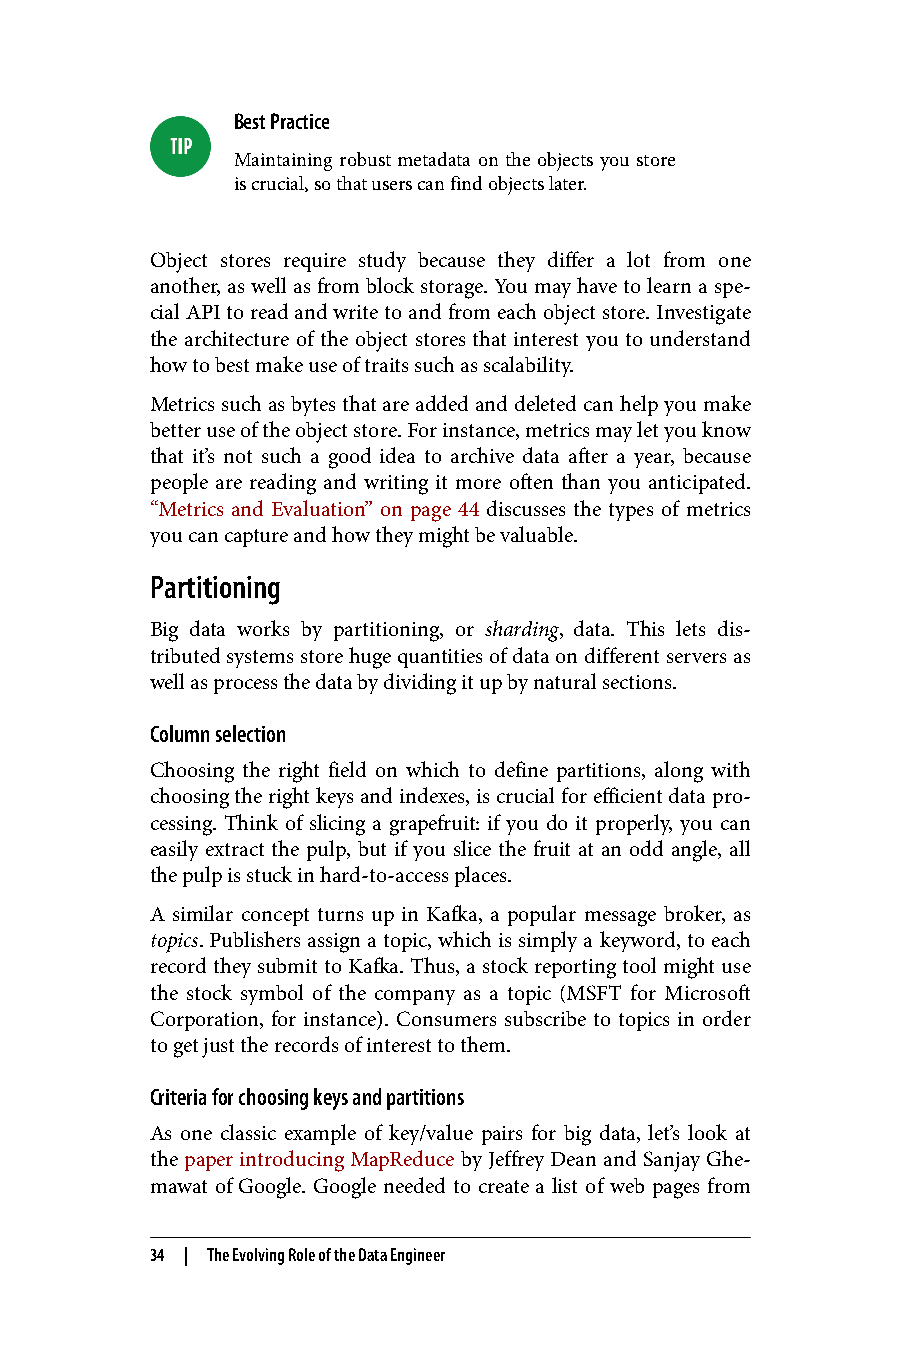
Best Practice
 Maintaining robust metadata on the objects you store
 is crucial, so that users can find objects later.
 Object stores require study because they differ a lot from one
 another, as well as from block storage. You may have to learn a spe‐
 cial API to read and write to and from each object store. Investigate
 the architecture of the object stores that interest you to understand
 how to best make use of traits such as scalability.
 Metrics such as bytes that are added and deleted can help you make
 better use of the object store. For instance, metrics may let you know
 that it’s not such a good idea to archive data after a year, because
 people are reading and writing it more often than you anticipated.
 “Metrics and Evaluation” on page 44 discusses the types of metrics
 you can capture and how they might be valuable.
 Partitioning
 Big data works by partitioning, or sharding, data. This lets dis‐
 tributed systems store huge quantities of data on different servers as
 well as process the data by dividing it up by natural sections.
 Column selection
 Choosing the right field on which to define partitions, along with
 choosing the right keys and indexes, is crucial for efficient data pro‐
 cessing. Think of slicing a grapefruit: if you do it properly, you can
 easily extract the pulp, but if you slice the fruit at an odd angle, all
 the pulp is stuck in hard-to-access places.
 A similar concept turns up in Kafka, a popular message broker, as
 topics. Publishers assign a topic, which is simply a keyword, to each
 record they submit to Kafka. Thus, a stock reporting tool might use
 the stock symbol of the company as a topic (MSFT for Microsoft
 Corporation, for instance). Consumers subscribe to topics in order
 to get just the records of interest to them.
 Criteria for choosing keys and partitions
 As one classic example of key/value pairs for big data, let’s look at
 the paper introducing MapReduce by Jeffrey Dean and Sanjay Ghe‐
 mawat of Google. Google needed to create a list of web pages from
 34 | The Evolving Role of the Data Engineer